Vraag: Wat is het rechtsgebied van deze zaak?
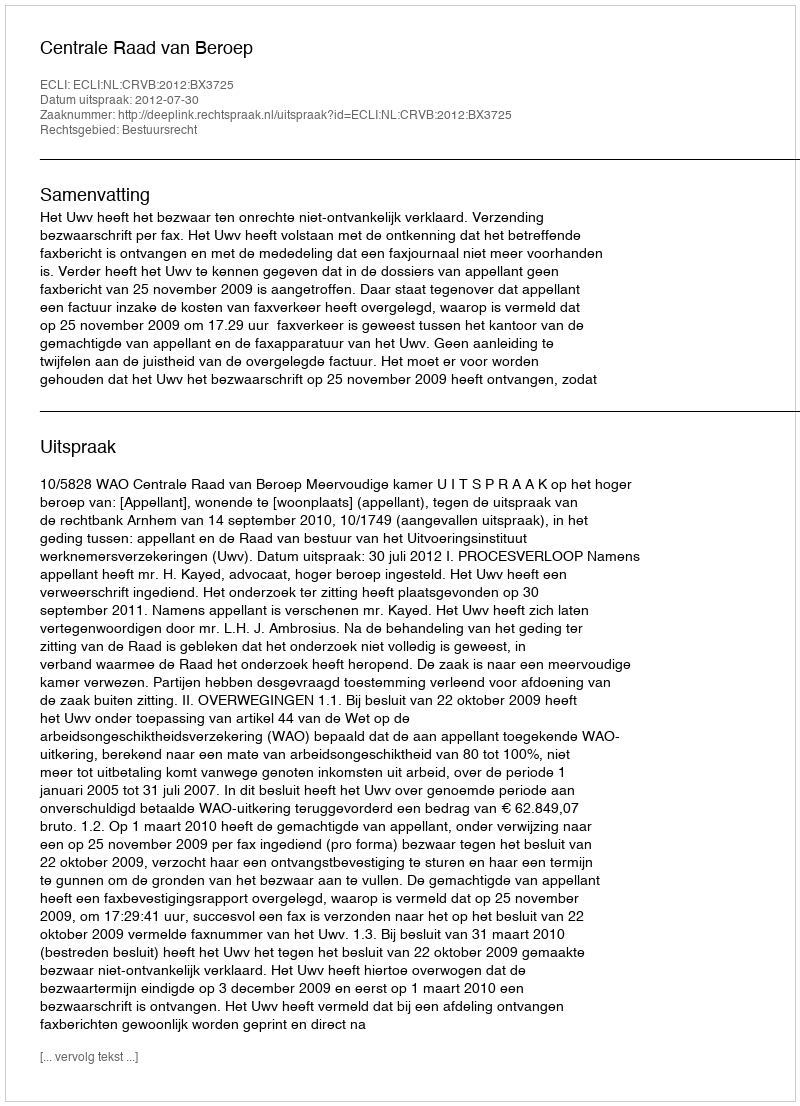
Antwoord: Bestuursrecht